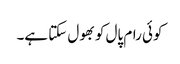
کوئی رام پال کو بھول سکتا ہے۔